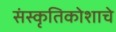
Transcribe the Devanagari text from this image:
संस्कृतिकोशाचे